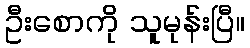
ဦးစောကို သူမုန်းပြီ။